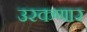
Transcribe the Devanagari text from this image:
उरकणार